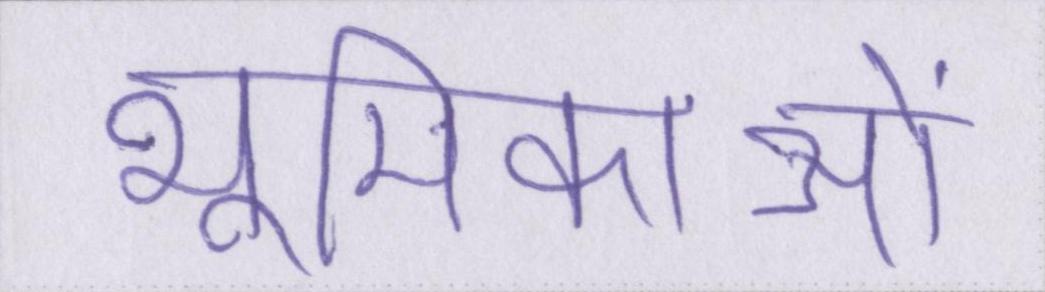
भूमिकाओं